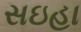
સઇહા